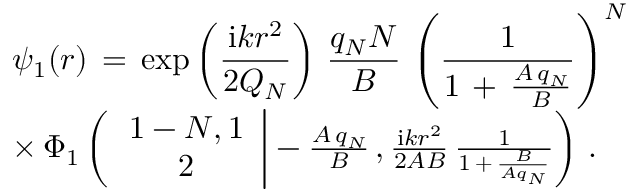
\begin{array} { l } { \displaystyle \psi _ { 1 } ( \boldsymbol { r } ) \, = \, \exp \left( \frac { \mathrm { i } k r ^ { 2 } } { 2 Q _ { N } } \right) \, \frac { q _ { N } N } { B } \, \left( \frac { 1 } { 1 \, + \, \frac { A \, q _ { N } } { B } } \right) ^ { N } \, } \\ { \times \, \Phi _ { 1 } \left( \left. \begin{array} { c } { 1 - N , 1 } \\ { 2 } \end{array} \right| - \frac { A \, q _ { N } } { B } \, , \frac { \mathrm { i } k r ^ { 2 } } { 2 A B } \, \frac 1 { 1 \, + \, \frac B { A q _ { N } } } \right) \, . } \end{array}